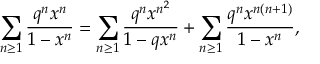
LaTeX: \sum _ { n \geq 1 } { \frac { q ^ { n } x ^ { n } } { 1 - x ^ { n } } } = \sum _ { n \geq 1 } { \frac { q ^ { n } x ^ { n ^ { 2 } } } { 1 - q x ^ { n } } } + \sum _ { n \geq 1 } { \frac { q ^ { n } x ^ { n ( n + 1 ) } } { 1 - x ^ { n } } } ,